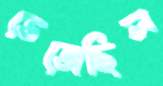
ভেজেছিল